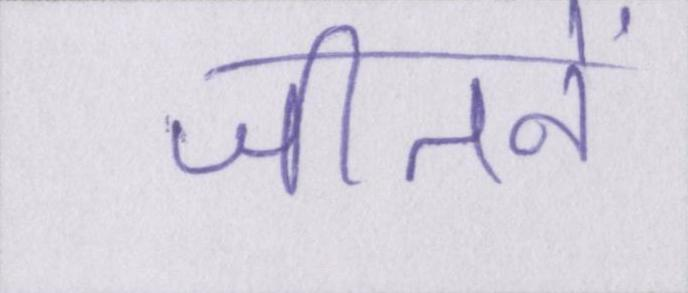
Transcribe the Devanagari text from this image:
जीतनें